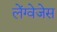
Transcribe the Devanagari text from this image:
लेंग्वेजेस